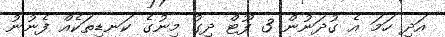
އަދި ހަމަ އެ ގުދަނުން 3 ފޫޓް ދިގު މިނުގެ ކަނޑިތަކެއް ފެނުނު